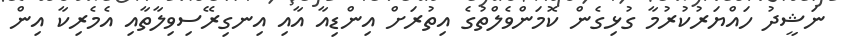
ނަޝީދު ހައްޔަރުކުރުމާ ގުޅިގެން ކޮމަންވެލްތުގެ އިތުރަށް އިންޑިއާ އާއި އިނގިރޭސިވިލާތާއި އެމެރިކާ އިން